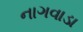
નાગવાડા